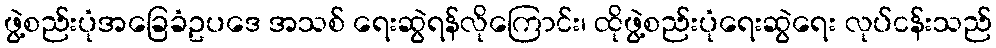
ဖွဲ့စည်းပုံအခြေခံဥပဒေ အသစ် ရေးဆွဲရန်လိုကြောင်း၊ ထိုဖွဲ့စည်းပုံရေးဆွဲရေး လုပ်ငန်းသည်